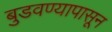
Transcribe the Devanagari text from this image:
बुडवण्यापासून